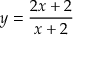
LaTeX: y = { \frac { 2 x + 2 } { x + 2 } }